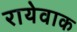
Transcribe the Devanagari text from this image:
रायेवाक